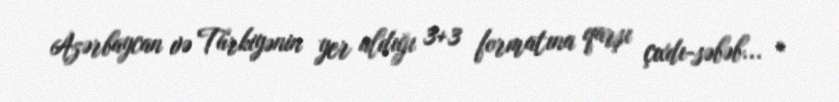
Azərbaycan və Türkiyənin yer aldığı 3+3 formatına qarşı çıxdı-səbəb... *